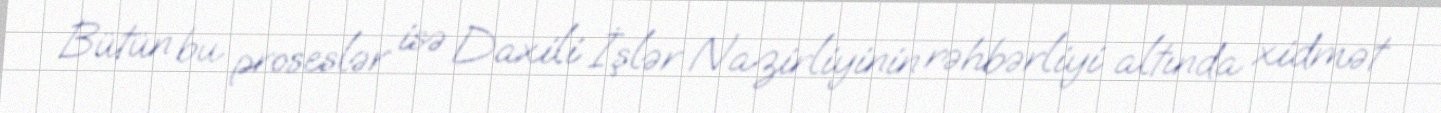
Bütün bu proseslər isə Daxili İşlər Nazirliyinin rəhbərliyi altında xidmət